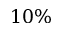
1 0 \%